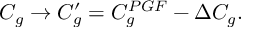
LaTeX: C _ { g } \rightarrow C _ { g } ^ { \prime } = C _ { g } ^ { P G F } - \Delta C _ { g } .